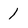
Character: 1